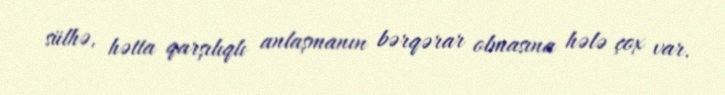
sülhə, hətta qarşılıqlı anlaşmanın bərqərar olmasına hələ çox var.